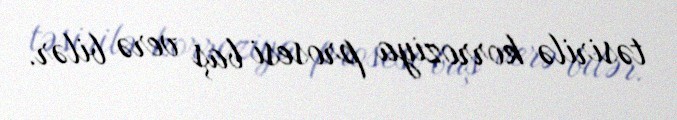
təsirilə korroziya prosesi baş verə bilər.